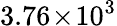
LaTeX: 3.76\! \times\! 10^{3}